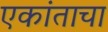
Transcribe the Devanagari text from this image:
एकांताचा